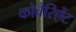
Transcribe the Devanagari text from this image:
कोवैरिऐंट